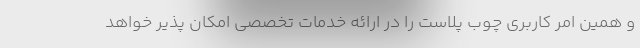
و همین امر کاربری چوب پلاست را در ارائه خدمات تخصصی امکان پذیر خواهد